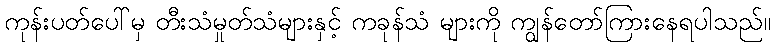
ကုန်းပတ်ပေါ်မှ တီးသံမှုတ်သံများနှင့် ကခုန်သံ များကို ကျွန်တော်ကြားနေရပါသည်။